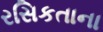
રસિકતાના